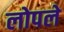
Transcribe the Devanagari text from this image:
लोपले